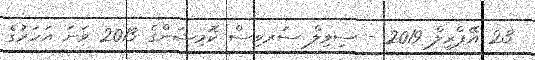
23 އޭޕްރީލް 2019 - ސިވިލް ސަރވިސް ކޮމިޝަންގެ 2013 ވަނަ އަހަރުގެ